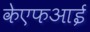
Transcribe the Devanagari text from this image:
केएफआई